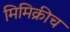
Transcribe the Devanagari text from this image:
मिमिक्रीच